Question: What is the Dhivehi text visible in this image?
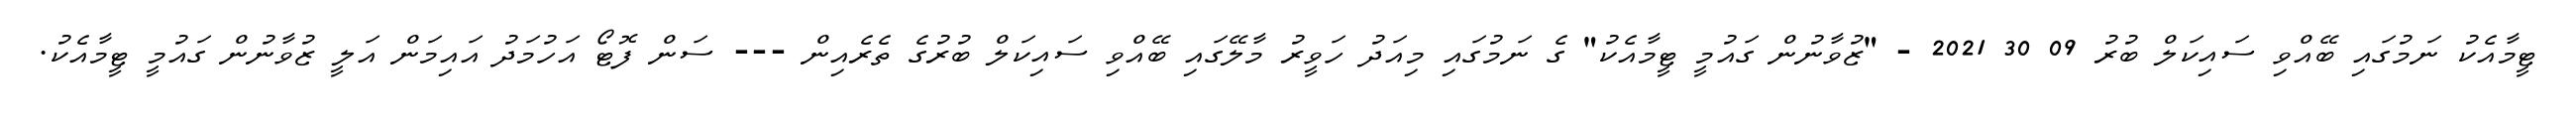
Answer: ޓީމާއެކު ނަމުގައި ބޭއްވި ސައިކަލް ބުރު 09 30 2021 - "ޒުވާނުން ގައުމީ ޓީމާއެކު" ގެ ނަމުގައި މިއަދު ހަވީރު މާލޭގައި ބޭއްވި ސައިކަލް ބުރުގެ ތެރެއިން --- ސަން ފޮޓޯ އަހުމަދު އައިމަން އަލީ ޒުވާނުން ގައުމީ ޓީމާއެކު.